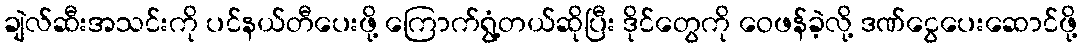
ချဲလ်ဆီးအသင်းကို ပင်နယ်တီပေးဖို့ ကြောက်ရွံ့တယ်ဆိုပြီး ဒိုင်တွေကို ဝေဖန်ခဲ့လို့ ဒဏ်ငွေပေးဆောင်ဖို့